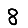
Digit: 8